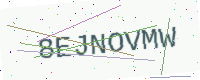
Text: 8EJNOVMW